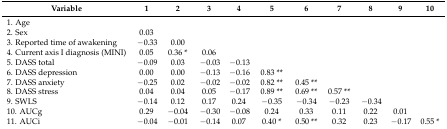
| Variable | 1 | 2 | 3 | 4 | 5 | 6 | 7 | 8 | 9 | 10 |
 | --- | --- | --- | --- | --- | --- | --- | --- | --- | --- | --- |
 | 1. Age |  |  |  |  |  |  |  |  |  |  |
 | 2. Sex | 0.03 |  |  |  |  |  |  |  |  |  |
 | 3. Reported time of awakening | −0.33 | 0.00 |  |  |  |  |  |  |  |  |
 | 4. Current axis I diagnosis (MINI) | 0.05 | 0.36 * | 0.06 |  |  |  |  |  |  |  |
 | 5. DASS total | −0.09 | 0.03 | −0.03 | −0.13 |  |  |  |  |  |  |
 | 6. DASS depression | 0.00 | 0.00 | −0.13 | −0.16 | 0.83 ** |  |  |  |  |  |
 | 7. DASS anxiety | −0.25 | 0.02 | −0.02 | −0.02 | 0.82 ** | 0.45 ** |  |  |  |  |
 | 8. DASS stress | 0.04 | 0.04 | 0.05 | −0.17 | 0.89 ** | 0.69 ** | 0.57 ** |  |  |  |
 | 9. SWLS | −0.14 | 0.12 | 0.17 | 0.24 | −0.35 | −0.34 | −0.23 | −0.34 |  |  |
 | 10. AUCg | 0.29 | −0.04 | −0.30 | −0.08 | 0.24 | 0.33 | 0.11 | 0.22 | 0.01 |  |
 | 11. AUCi | −0.04 | −0.01 | −0.14 | 0.07 | 0.40 * | 0.50 ** | 0.32 | 0.23 | −0.17 | 0.55 * |